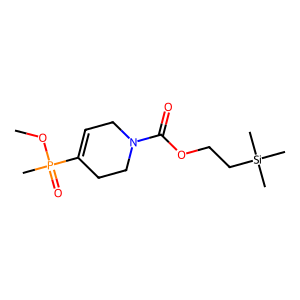
SMILES: COP(C)(=O)C1=CCN(C(=O)OCC[Si](C)(C)C)CC1
Inhibits HIV replication: No